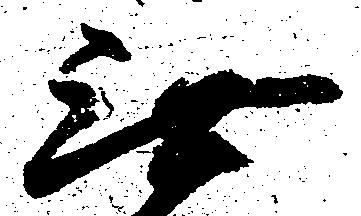
無